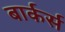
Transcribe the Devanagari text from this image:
बार्कर्स